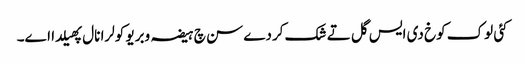
کئی لوک کوخ دی ایس گل تے شک کردے سن چ ہیضہ وبریو کولرا نال پھیلدا اے۔